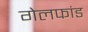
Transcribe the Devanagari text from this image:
गेलफांड